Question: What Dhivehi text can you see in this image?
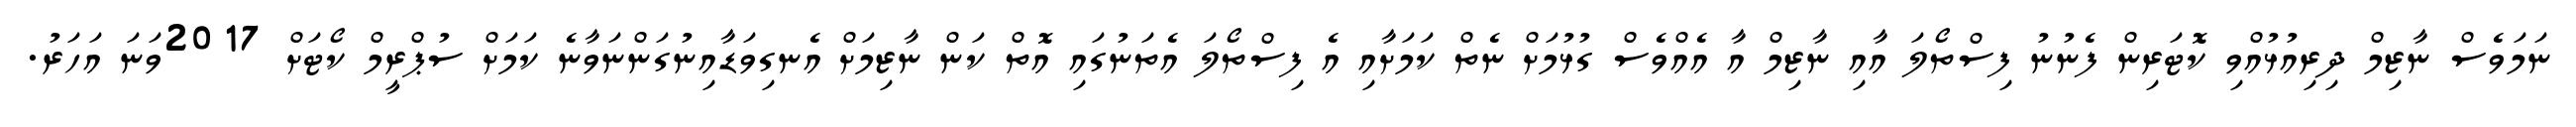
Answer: ނަމަވެސް ނާޒިމް ދިރިއުޅުއްވި ކޮޓަރިން ފެނުނު ފިސްތޯލަ އާއި ނާޒިމް އާ އެއްވެސް ގުޅުމަށް ނެތް ކަމަށާއި އެ ފިސްތޯލަ އެތަނުގައި އޮތް ކަން ނާޒިމަށް އެނގިވަޑާއިނުގަންނަވާނެ ކަމަށް ސުޕްރީމް ކޯޓަށް 2017ވަނަ އަހަރު.